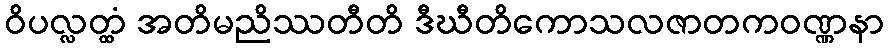
ဝိပလ္လတ္ထံ အတိမညိဿတီတိ ဒီဃီတိကောသလဇာတကဝဏ္ဏနာ